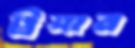
ট্রয়ার